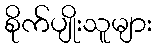
စိုက်ပျိုးသူများ